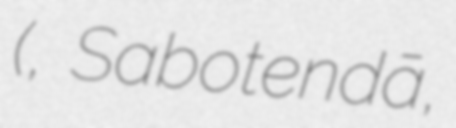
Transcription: (サボテンダー, Sabotendā,